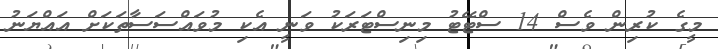
މީގެ ކުރިން ވެސް 14 ސްޓޭޓު މިނިސްޓަރަކު ވަނީ އެކި މުވައްސަސާތަކަށް އައްޔަނު